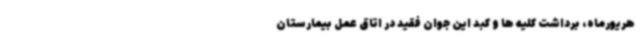
هریورماه، برداشت کلیه ها و کبد این جوان فقید در اتاق عمل بیمارستان